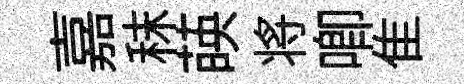
嘉秣𦴤将唧隹